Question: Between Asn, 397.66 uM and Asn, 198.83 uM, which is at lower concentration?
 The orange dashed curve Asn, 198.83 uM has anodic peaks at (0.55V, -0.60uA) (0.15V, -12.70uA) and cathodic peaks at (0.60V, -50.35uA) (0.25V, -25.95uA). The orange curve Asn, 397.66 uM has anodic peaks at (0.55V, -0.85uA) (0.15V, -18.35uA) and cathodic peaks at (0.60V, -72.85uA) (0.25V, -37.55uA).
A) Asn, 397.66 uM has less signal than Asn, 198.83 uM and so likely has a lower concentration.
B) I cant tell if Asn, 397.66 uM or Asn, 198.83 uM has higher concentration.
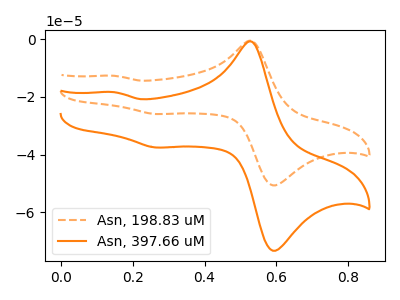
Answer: <think>All the peaks in "Asn, 397.66 uM" have a peak in "Asn, 198.83 uM" at the same potential.
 </think>
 <answer>B) I cant tell if "Asn, 397.66 uM" or "Asn, 198.83 uM" has higher concentration.</answer>
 <eval>B</eval>